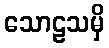
သောဠသမှိ